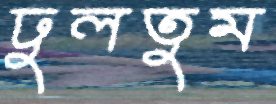
ঢুলতুম